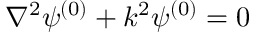
\nabla ^ { 2 } \psi ^ { ( 0 ) } + k ^ { 2 } \psi ^ { ( 0 ) } = 0